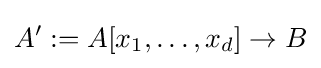
A':=A[x_{1},\dots ,x_{d}]\to B